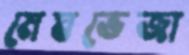
মেঘভেজা